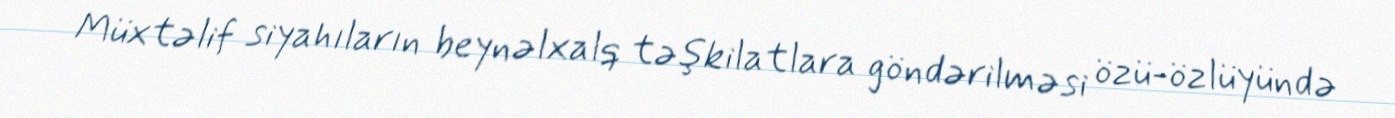
Müxtəlif siyahıların beynəlxalq təşkilatlara göndərilməsi özü-özlüyündə